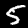
Label: 5